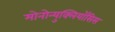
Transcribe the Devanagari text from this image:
मोनोन्युक्लियॉसिस